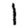
Digit: 1